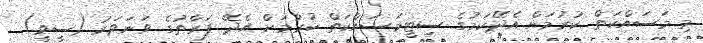
މި މަސައްކަތް ކުރުމަށް އެދޭކަމުގެ ސިޓީމަސައްކަތް ކުރުމަށް އެދޭ ފަރާތުގެ ވަނަވަރު (ސީވީ).